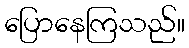
ပြောနေကြသည်။